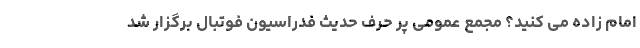
امام زاده می کنید؟ مجمع عمومی پر حرف حدیث فدراسیون فوتبال برگزار شد